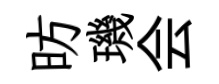
昉璣会